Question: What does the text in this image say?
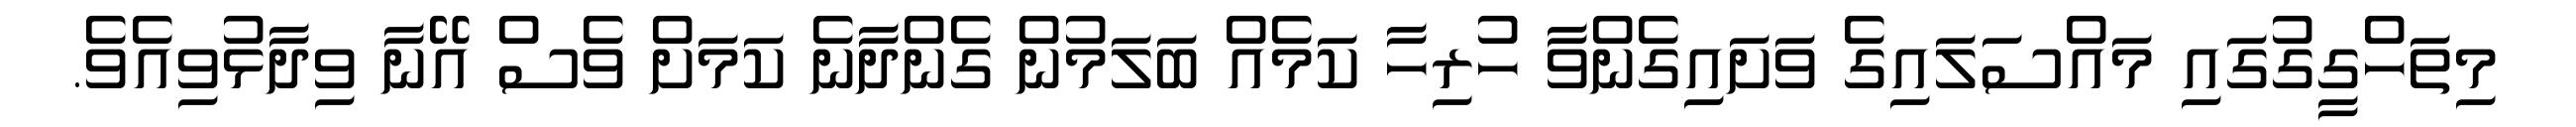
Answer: މިތަހްގީގުގައި މައްސަލައިގެ ވަށައިގެންވާ ހުރިހާ ކަމެއް ބަލަމުން ގެންދާނެ ކަމަށް ވެސް އޭނާ ވިދާޅުވިއެވެ.